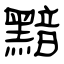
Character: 黯